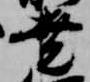
尭